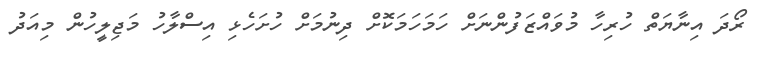
ރޯދަ އިނާޔަތް ހުރިހާ މުވައްޒަފުންނަށް ހަމަހަމަކޮށް ދިނުމަށް ހުށަހެޅި އިސްލާހު މަޖިލީހުން މިއަދު